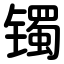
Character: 镯